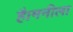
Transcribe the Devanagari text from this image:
है।मनीला